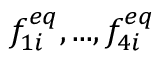
f _ { 1 i } ^ { e q } , . . . , f _ { 4 i } ^ { e q }